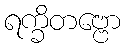
ရက္ခိတဗ္ဗော